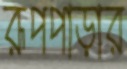
রূপপাড়ার